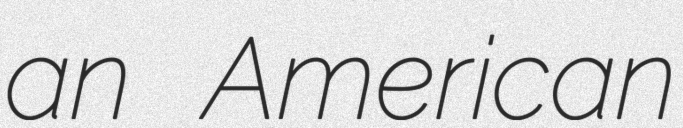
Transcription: an American